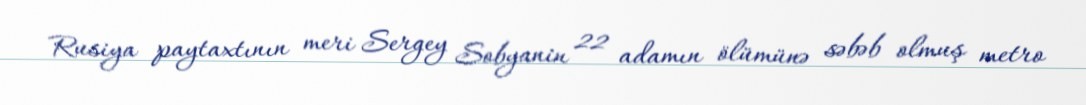
Rusiya paytaxtının meri Sergey Sobyanin 22 adamın ölümünə səbəb olmuş metro